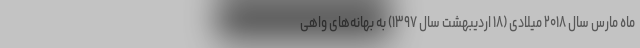
ماه مارس سال ۲۰۱۸ میلادی (۱۸ اردیبهشت سال ۱۳۹۷) به بهانه‌های واهی